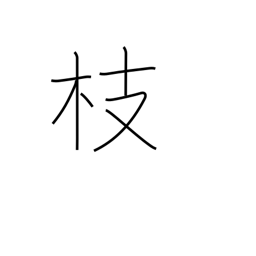
Meaning: twig